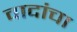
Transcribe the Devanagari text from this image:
वादांचा